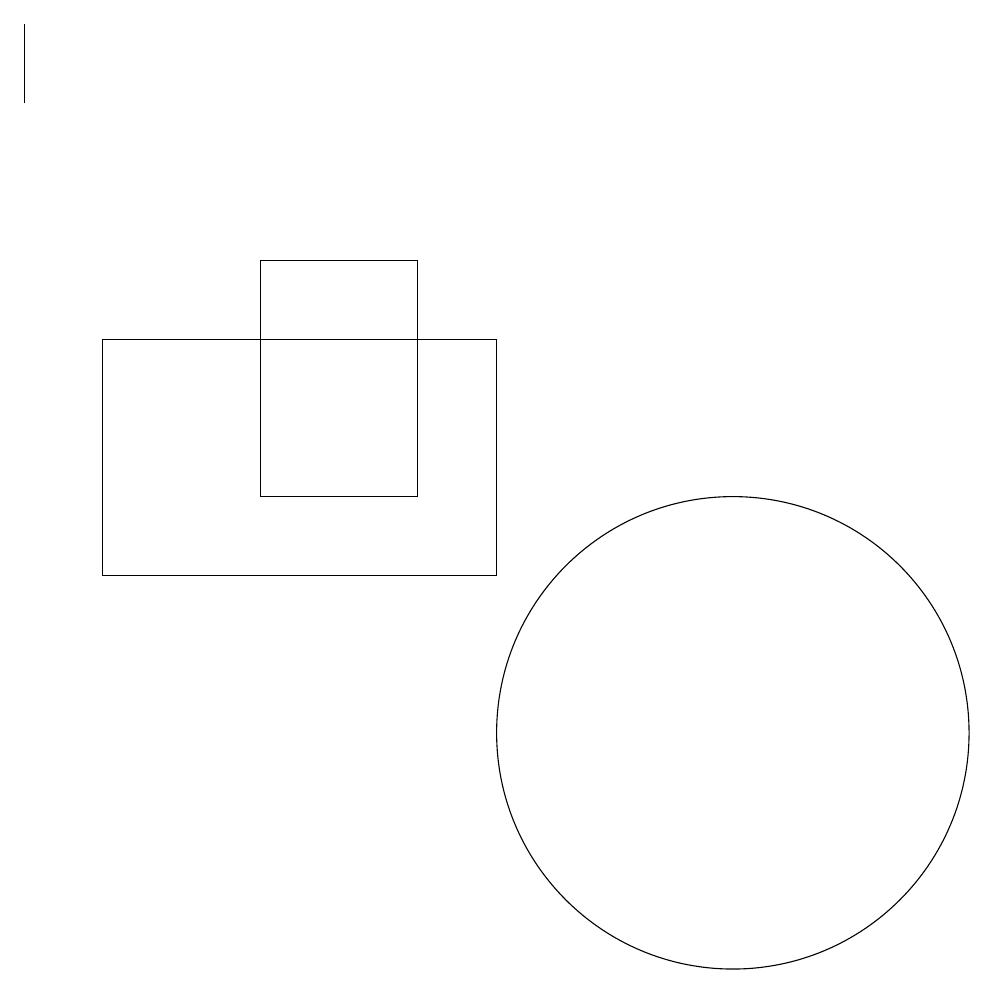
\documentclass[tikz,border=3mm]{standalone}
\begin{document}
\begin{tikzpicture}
\draw (2,12) rectangle (7,15);
\draw (1,19) rectangle (1,18);
\draw (6,16) rectangle (4,13);
\draw (10,10) circle (3);
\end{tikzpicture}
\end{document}